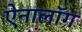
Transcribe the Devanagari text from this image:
ऐनालॉग